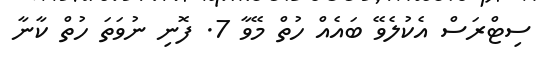
ސިޓްރަސް އެކުލެވޭ ބައެއް ހުތް މޭވާ 7. ފޮނި ނުވަތަ ހުތް ކާނާ